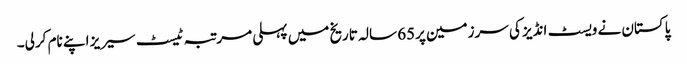
پاکستان نے ویسٹ انڈیز کی سرزمین پر65 سالہ تاریخ میں پہلی مرتبہ ٹیسٹ سیریز اپنے نام کرلی۔